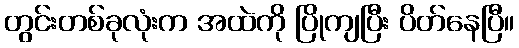
တွင်းတစ်ခုလုံးက အထဲကို ပြိုကျပြီး ပိတ်နေပြီ။